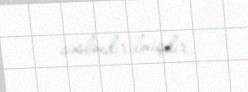
səsləndirilmişdir.